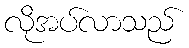
လိုအပ်လာသည်